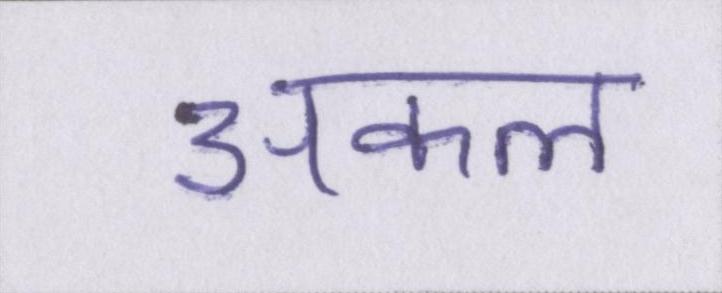
अकल